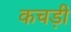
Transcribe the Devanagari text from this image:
कचड़ी